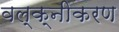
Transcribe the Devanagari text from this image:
वल्क्नीकरण